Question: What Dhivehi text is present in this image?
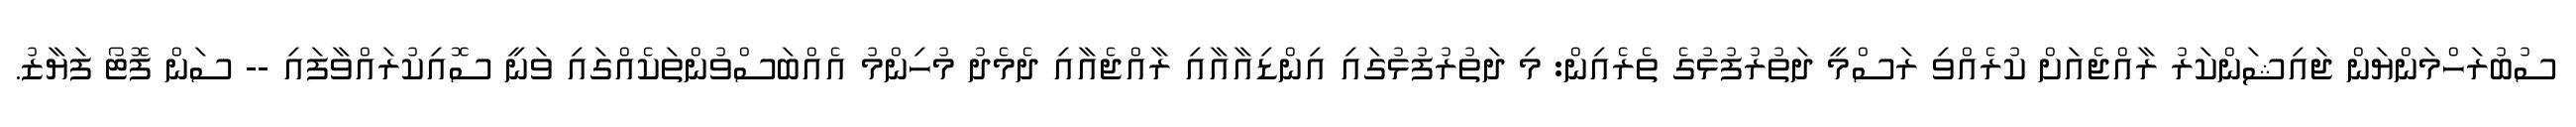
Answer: ސުބުރަހްމަންޔަން ޖައިޝަންކަރު ރާއްޖެއަށް ކުރެއްވި ރަސްމީ ދަތުރުފުޅުގެ ތެރެއިން: މި ދަތުރުފުޅުގައި އިންޑިއާއާއި ރާއްޖެއާއި ދެމެދު މުހިންމު އެއްބަސްވުންތަކެއްގައި ވަނީ ސޮއިކުރައްވާފައި -- ސަން ފޮޓޯ ފަޔާޒު.